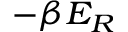
\scriptstyle - \beta E _ { R }